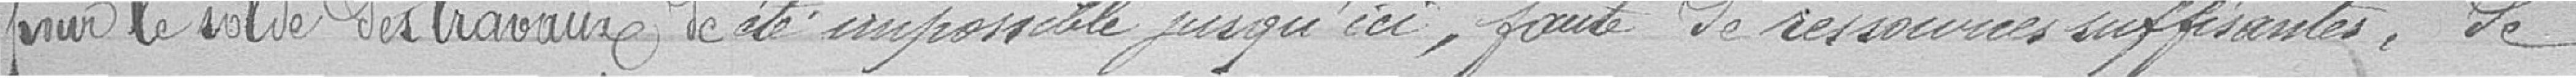
pour le solde des travaux  de                           été impossible jusqu'ici, faute de ressources suffisantes, de